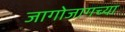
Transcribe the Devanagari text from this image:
जागोजागच्या